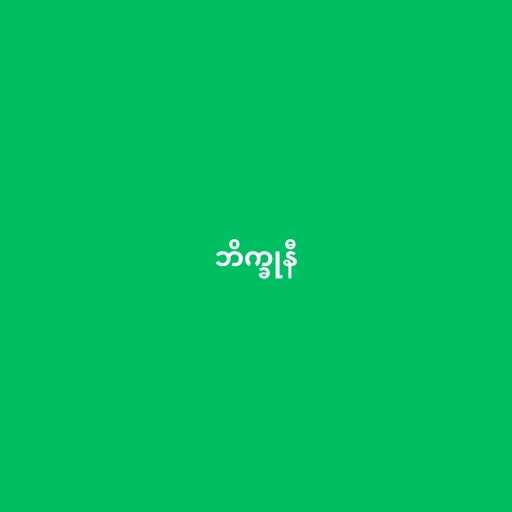
ဘိက္ခုနီ